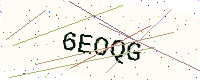
Text: 6EOQG